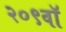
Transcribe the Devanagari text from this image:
२०९वॉ